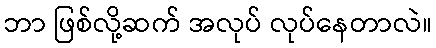
ဘာ ဖြစ်လို့ဆက် အလုပ် လုပ်နေတာလဲ။